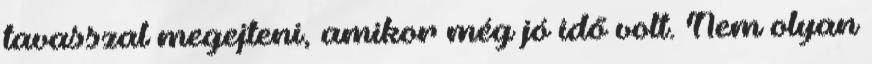
tavasszal megejteni, amikor még jó idő volt. Nem olyan